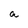
Character: a